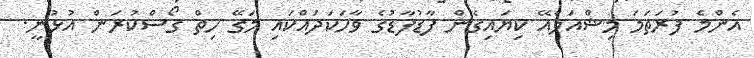
އެންމެ ފުރަތަމަ މިޝްއަލްއޭ ކިޔައިގެން ފާޑުފާޑުގެ ވާހަކަދައްކައި މަގޭ ހިތް ގޯސްކުރަން އުޅުނީ.